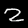
Label: 2